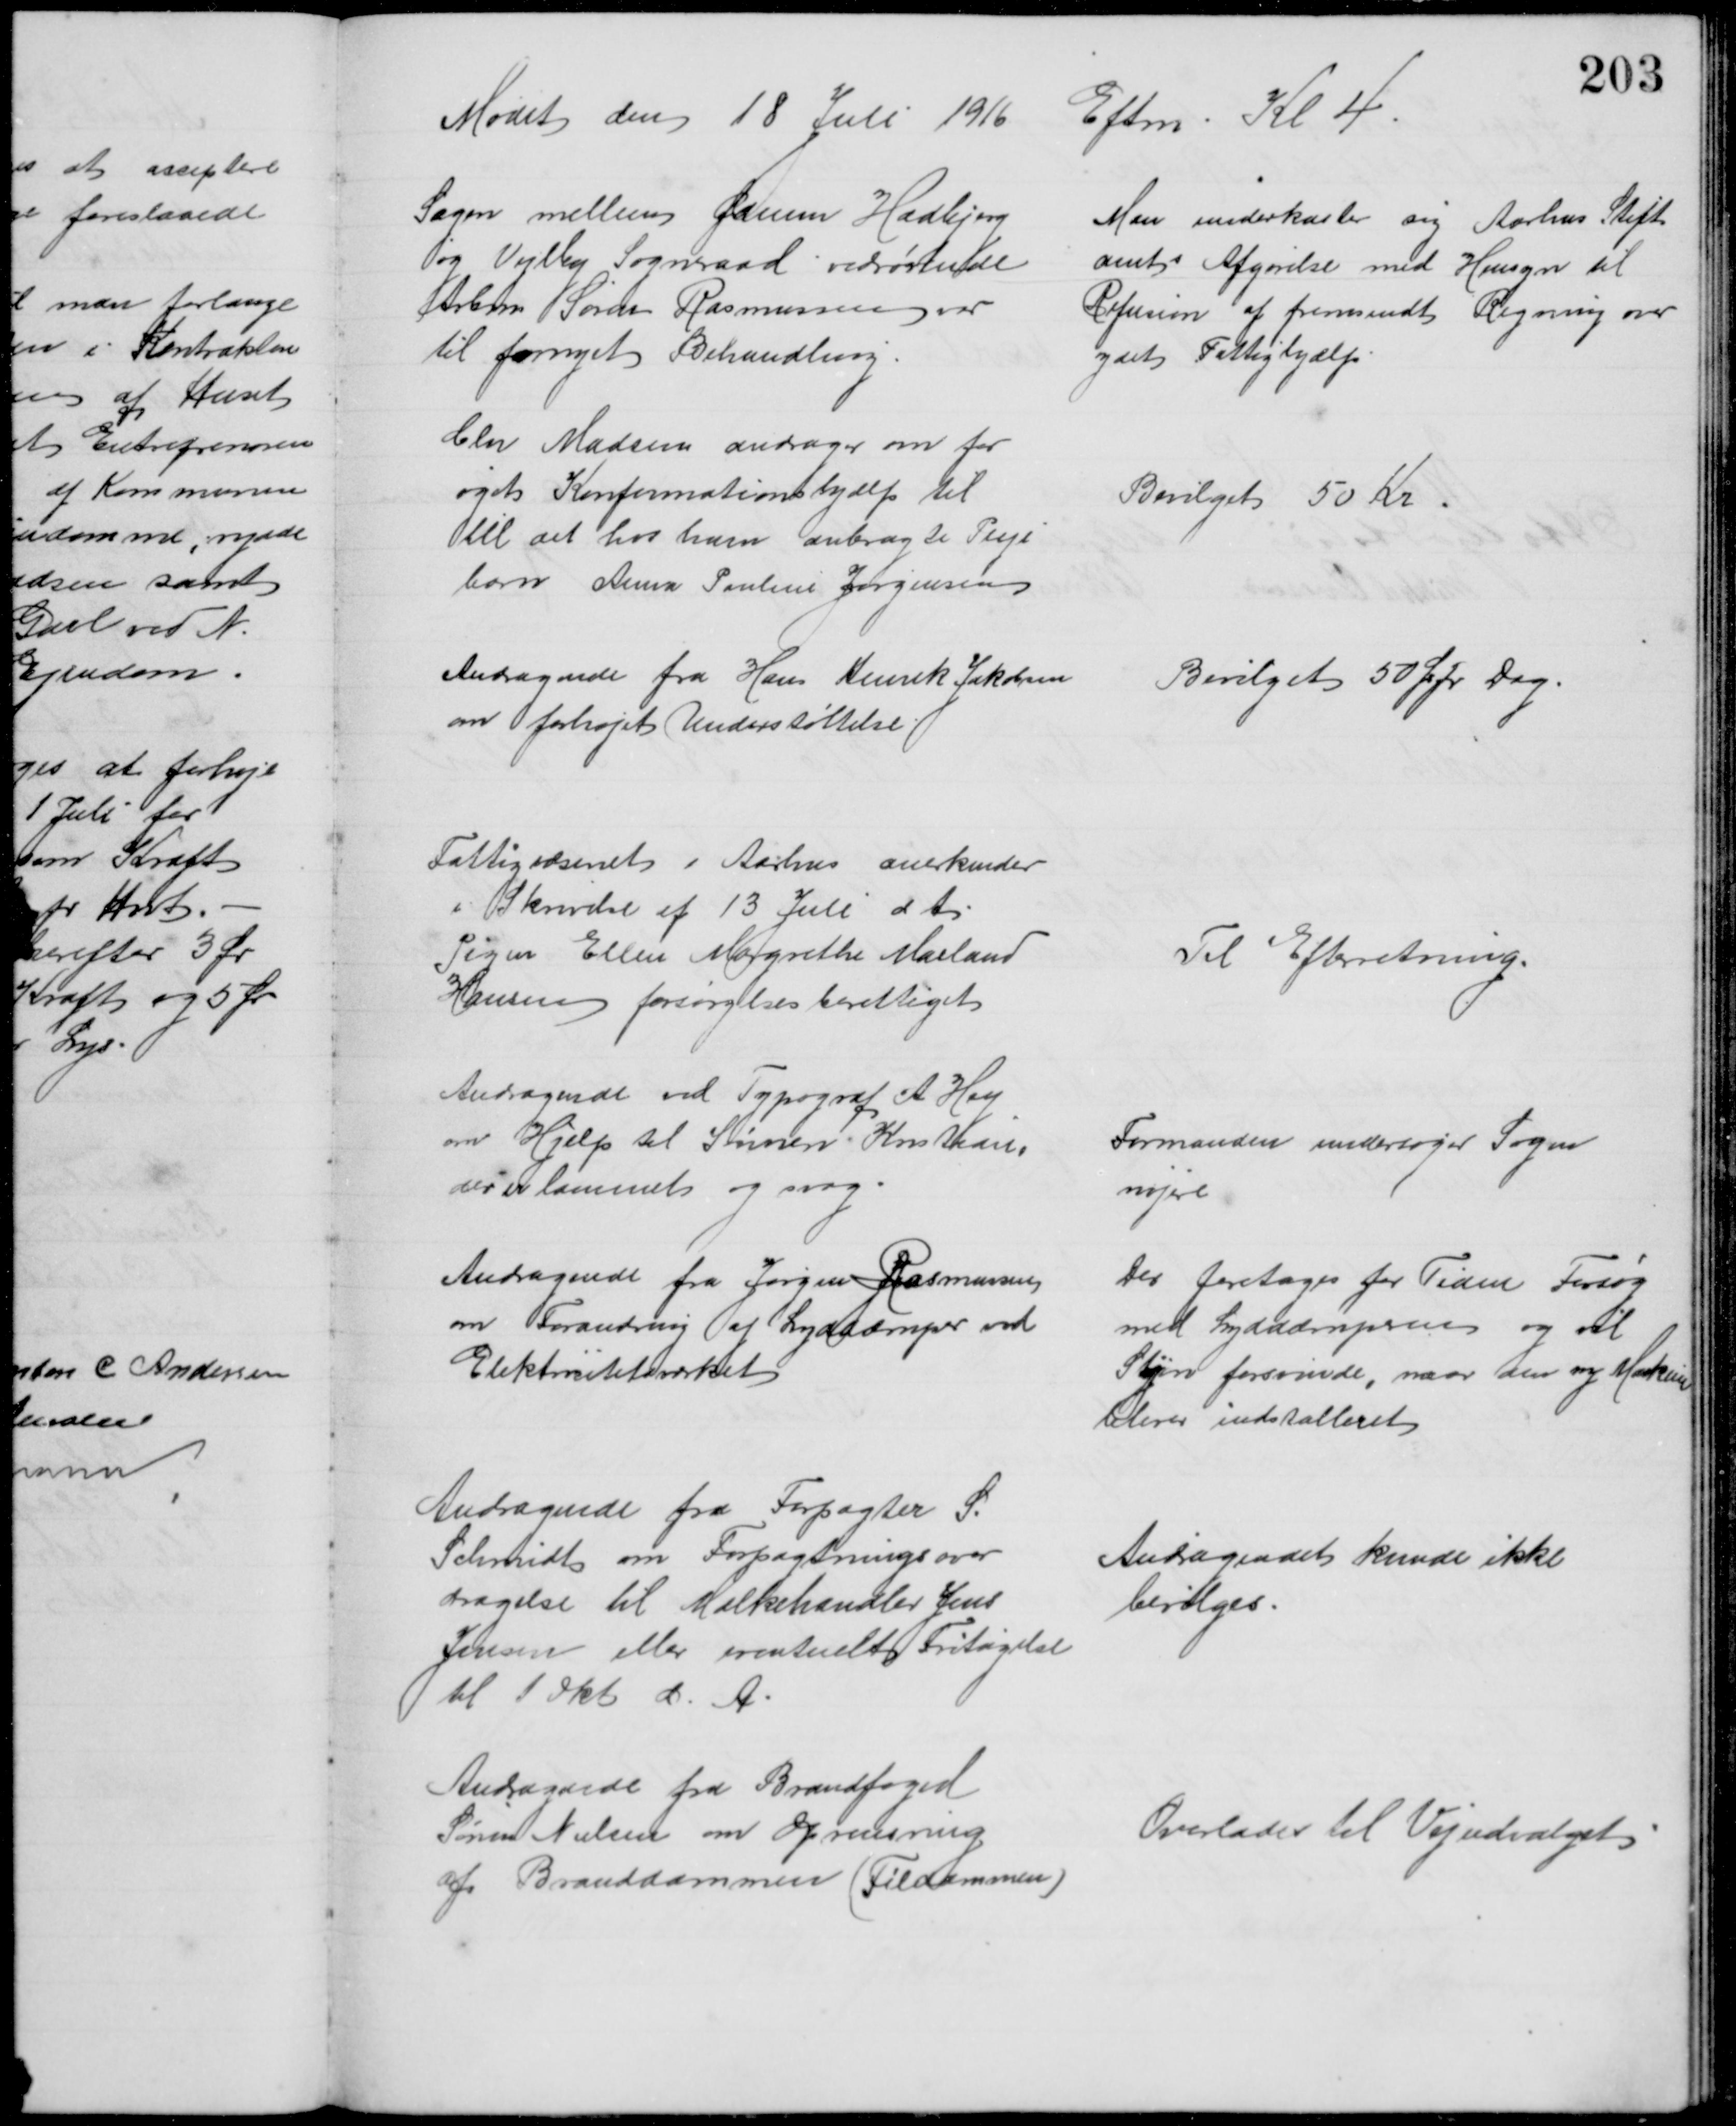
Transskription:
Mødet den 18 Juli 1916 Eftm. Kl 4
Sagen mellem Ødum Hadbjerg
og Vejlby Sogneraad vedrørende
Arbm Søren Rasmussen var
til fornyet Behandling.
Man underkaster sig Aarhus Stift
amts Afgørelse med Hensyn til
Refusion af fremsendt Regning over
ydet Fattighjælp
Chr Madsen andrager om for
øget Konfirmationshjælp til
til det hos ham anbragte Pleje
barn Anna Pouline Jørgensen
Bevilget 50 Kr
Andragende fra Hans Henrik Jakobsen
om forhøjet Understøttelse
Bevilget 50 Ør pr Dag.
Fattigvæsenet i Aarhus anerkender
i Skrivelse af 13 Juli d A.
Pigen Ellen Margrethe Mailand
Hansen forsørgelsesberettiget
Til Efterretning.
Andragende ved Typograf A. Hey
om Hjælp til Sønnen Kristian,
der er lammet og svag.
Formanden undersøger Sagen
nøjere
Andragende fra Jørgen JRasmussen
om Forandring af Lyddæmper ved
Elektricitetsværket
Der foretages for Tiden Forsøg
med Lyddæmperne og vil
Støjen forsvinde, naar den ny Maskine
bliver indstalleret
Andragende fra Forpagter S.
Schmidt om Forpagtningsover
dragelse til Mælkehandler Jens
Jensen eller eventuelt Fritagelse
til 1 Okt. d. A.
Andagendet kunde ikke
bevilges.
Andragende fra Brandfoged
Søren Nielsen om Oprensning
af Branddammen (Fildammen)
Overlodes til Vejudvalget